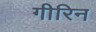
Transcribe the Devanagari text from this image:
गीरिन